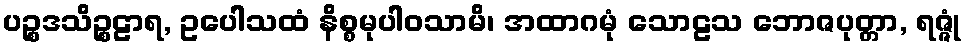
ပဉ္စဒသိဉ္စဠာရ, ဥပေါသထံ နိစ္စမုပါဝသာမိ၊ အထာဂမုံ သောဠသ ဘောဇပုတ္တာ, ရဇ္ဇုံ